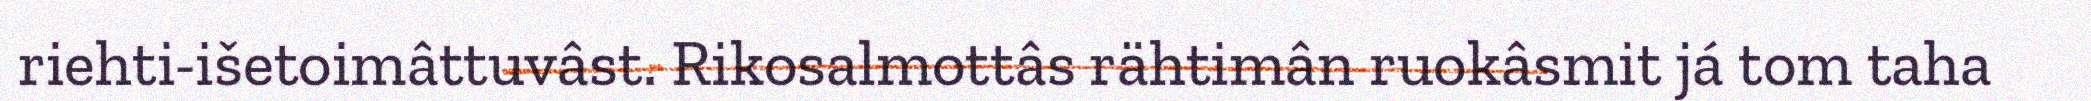
riehti-išetoimâttuvâst. Rikosalmottâs rähtimân ruokâsmit já tom taha